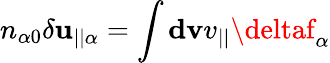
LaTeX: n_{\alpha0}\delta\mathbf{u}_{||\alpha}=\int\mathbf{{dv}}v_{||}\deltaf_{\alpha}